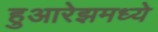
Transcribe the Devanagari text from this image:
हुआरेझमध्ये